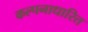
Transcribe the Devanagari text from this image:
कल्पनाधारित